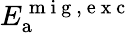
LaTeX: E_{\mathrm{a}}^{\mathrm{~m~i~g~,~e~x~c~}}